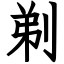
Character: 剃